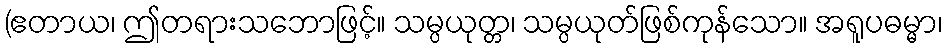
(ဧတာယ၊ ဤတရားသဘောဖြင့်။ သမ္ပယုတ္တ၊ သမ္ပယုတ်ဖြစ်ကုန်သော။ အရူပဓမ္မာ၊